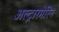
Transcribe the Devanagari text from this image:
अल्ट्रारमेरिन